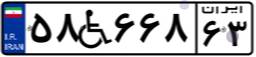
۵۸W۶۶۸۶۳